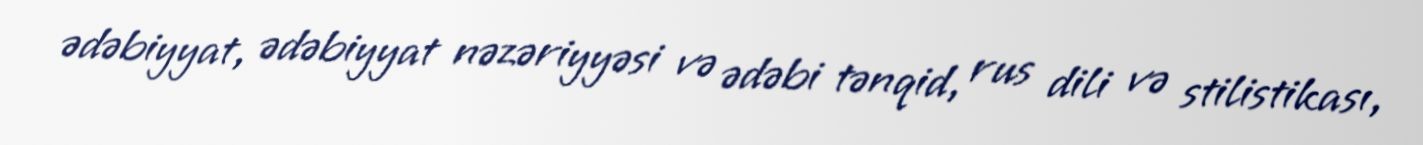
ədəbiyyat, ədəbiyyat nəzəriyyəsi və ədəbi tənqid, rus dili və stilistikası,